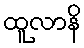
ထူလာနိ